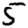
Digit: 5